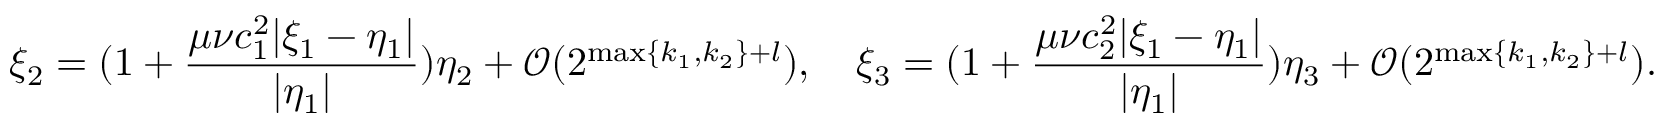
\xi _ { 2 } = ( 1 + \frac { \mu \nu c _ { 1 } ^ { 2 } | \xi _ { 1 } - \eta _ { 1 } | } { | \eta _ { 1 } | } ) \eta _ { 2 } + \mathcal { O } ( 2 ^ { \operatorname* { m a x } \{ k _ { 1 } , k _ { 2 } \} + l } ) , \quad \xi _ { 3 } = ( 1 + \frac { \mu \nu c _ { 2 } ^ { 2 } | \xi _ { 1 } - \eta _ { 1 } | } { | \eta _ { 1 } | } ) \eta _ { 3 } + \mathcal { O } ( 2 ^ { \operatorname* { m a x } \{ k _ { 1 } , k _ { 2 } \} + l } ) .